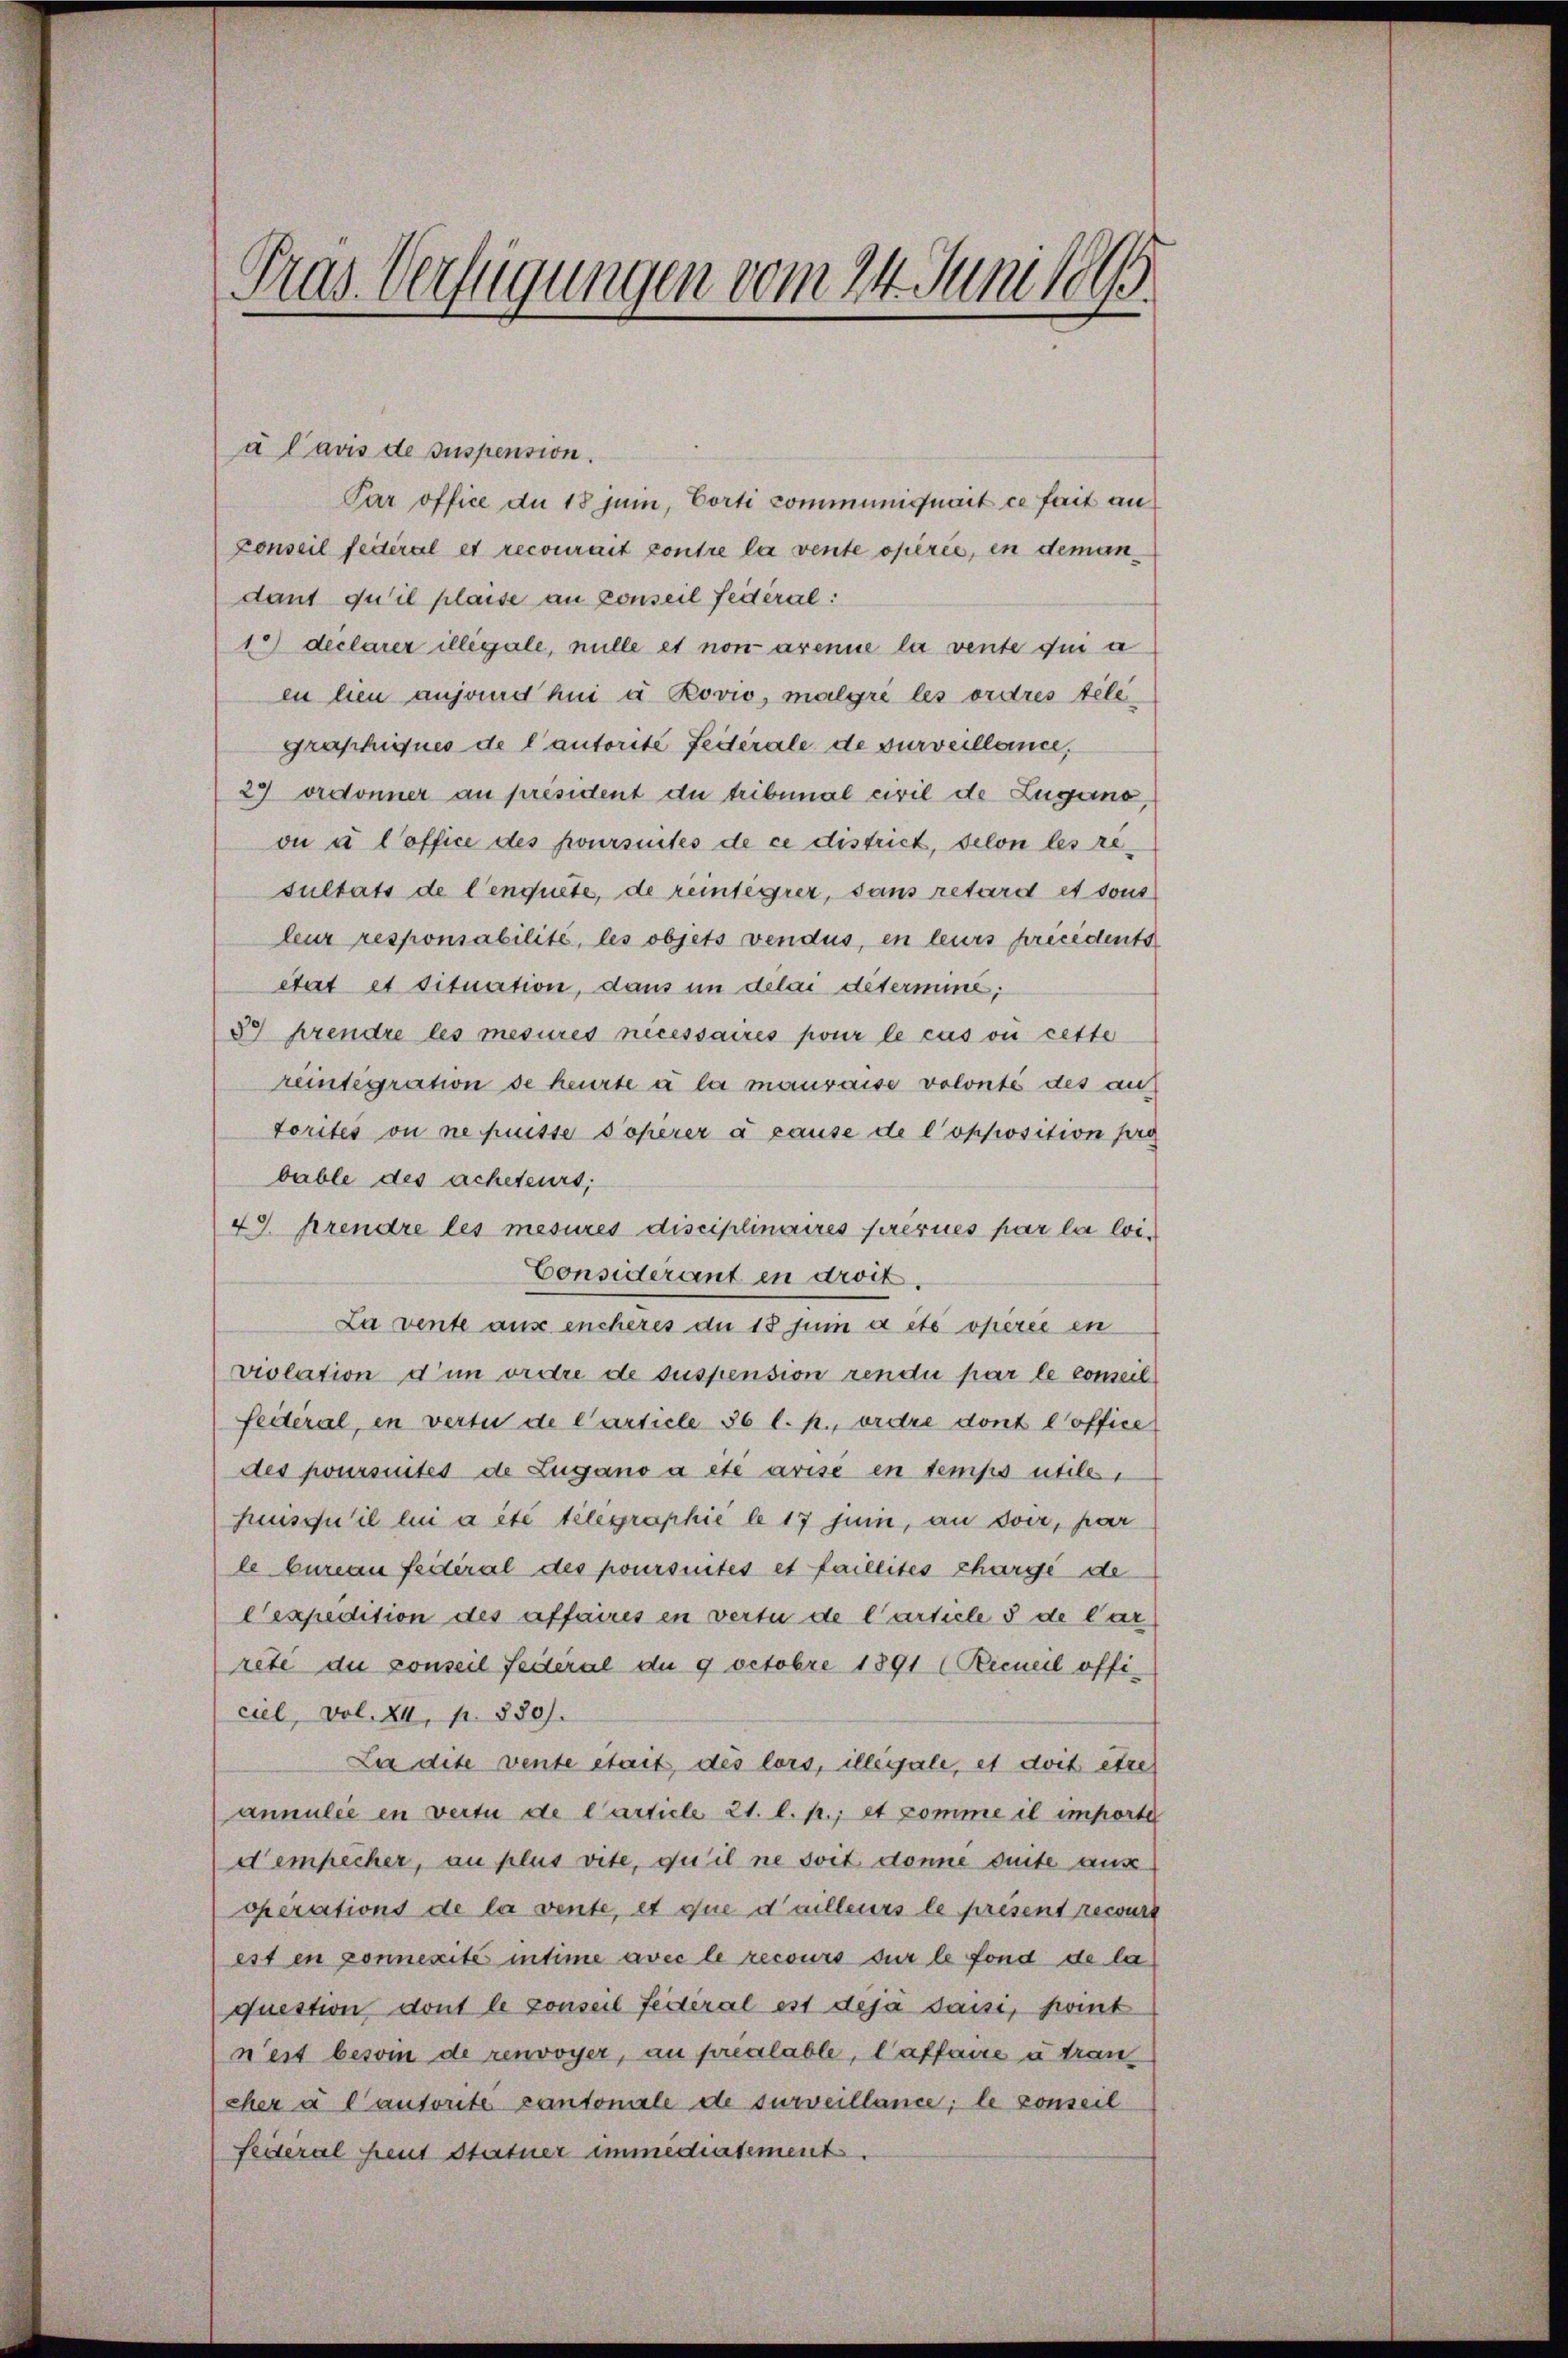
Pras. Verfügungen vom 24. Juni 1865.
e

à l’avis de suspension.
Par office du 18 Juni, Porti communiquait ce fait an
Conseil festeral et recourait contre la vente opérée, in demandant qu’il plaise au conseil fédéral:
1) declarer illégale, nulle et non arenne la vente die a
en hien anjand hui à Rovio, malgré les ordres telegraphiques de lautorite Federale de surveillance,
27 ordonner au président du tribunal civil de Lugano,
on à l’office des poursuites de ce district, selon les resultats de Cenquite, de reintegrer, dans retard et sous
leur responsabilité, les objets vendus, en leurs précidents
état et tituation, dans in delai determine;
37 prendre les mesures nécessaires pour le cas ou cette
reintegration se heute à la mauvaise volonté des aus
torités ou ne puisse Coperer à cause de l’opposition pro
bable des acheteurs;
49. Arendre les mesures disciplinaires freues par la loi¬
Considerant in droit.
La vente aus encheres du 18 sui a etc opérée en
violation d’un ordre de suspension rendii par le comeel
Fedéral, in vertu de l’article 36 l. p., ordre dont l’office
des poursuites de Lugano a été avisé en temps utile,
Huusqu’il lui a été telegraphie le 17 Junii, an vor, par
le bureau feiteral des poursuites et faillites charge de
Cexpedition des affaires en vertu de Carticle 3 de Car
rete du conseil Federal de 9 Octobre 1891 (Recueil officiel, Vol. XI, p. 880).
La dise vente était, des lors, illégale, et doit être
annulée en vertu de Carticle 21. l. p.; et comme il importe
dempêcher, au plus vite, qu’il ne soit donne suite aus
operations de la vente, et que d’ailleurs le présent recourt
est en connexite intime avec le recours sur le fond de la
question dont le conseil fédéral est deja Jaisi, hint
nest beson de renvoyer, au préalable, Caffaire u tran
cher à l’autorite cantoniale de surveillance; le conseil
Seiteral heut Statuer immédiatement.